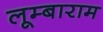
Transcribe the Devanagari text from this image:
लूम्बाराम